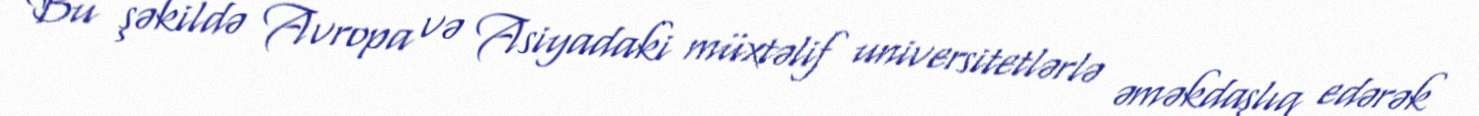
Bu şəkildə Avropa və Asiyadaki müxtəlif universitetlərlə əməkdaşlıq edərək